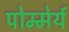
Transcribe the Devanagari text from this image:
पोम्मेर्य